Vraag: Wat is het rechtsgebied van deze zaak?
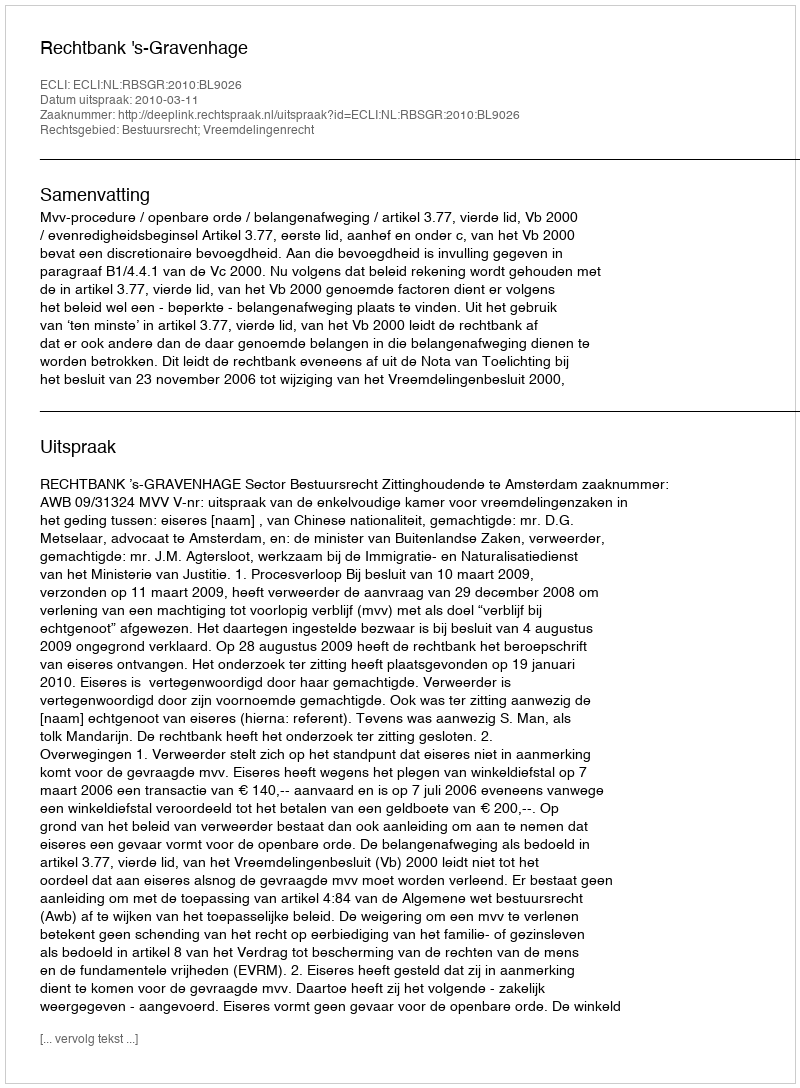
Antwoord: Bestuursrecht; Vreemdelingenrecht